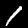
Digit: 1